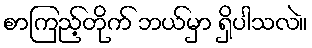
စာကြည့်တိုက် ဘယ်မှာ ရှိပါသလဲ။